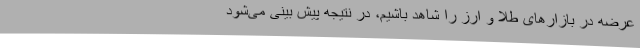
عرضه در بازارهای طلا و ارز را شاهد باشیم، در نتیجه پیش بینی می‌شود